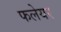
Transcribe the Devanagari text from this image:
फलेयर